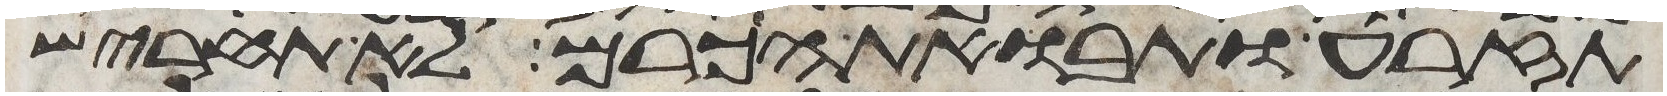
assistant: תזרע ותבואת הכרם לא תחריש